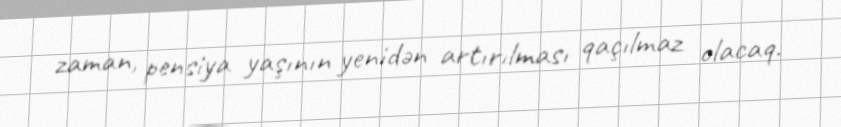
zaman, pensiya yaşının yenidən artırılması qaçılmaz olacaq.